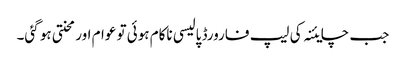
جب چایئنہ کی لیپ فارورڈ پالیسی ناکام ہوئی تو عوام اور محنتی ہو گئی۔